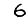
Digit: 6